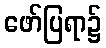
ဖော်ပြရာ၌